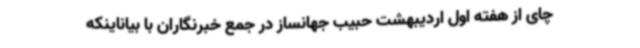
چای از هفته اول اردیبهشت حبیب جهانساز در جمع خبرنگاران با بیاناینکه